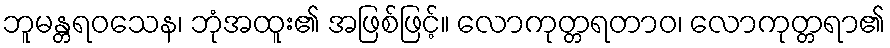
ဘူမန္တရဝသေန၊ ဘုံအထူး၏ အဖြစ်ဖြင့်။ လောကုတ္တရတာဝ၊ လောကုတ္တရာ၏